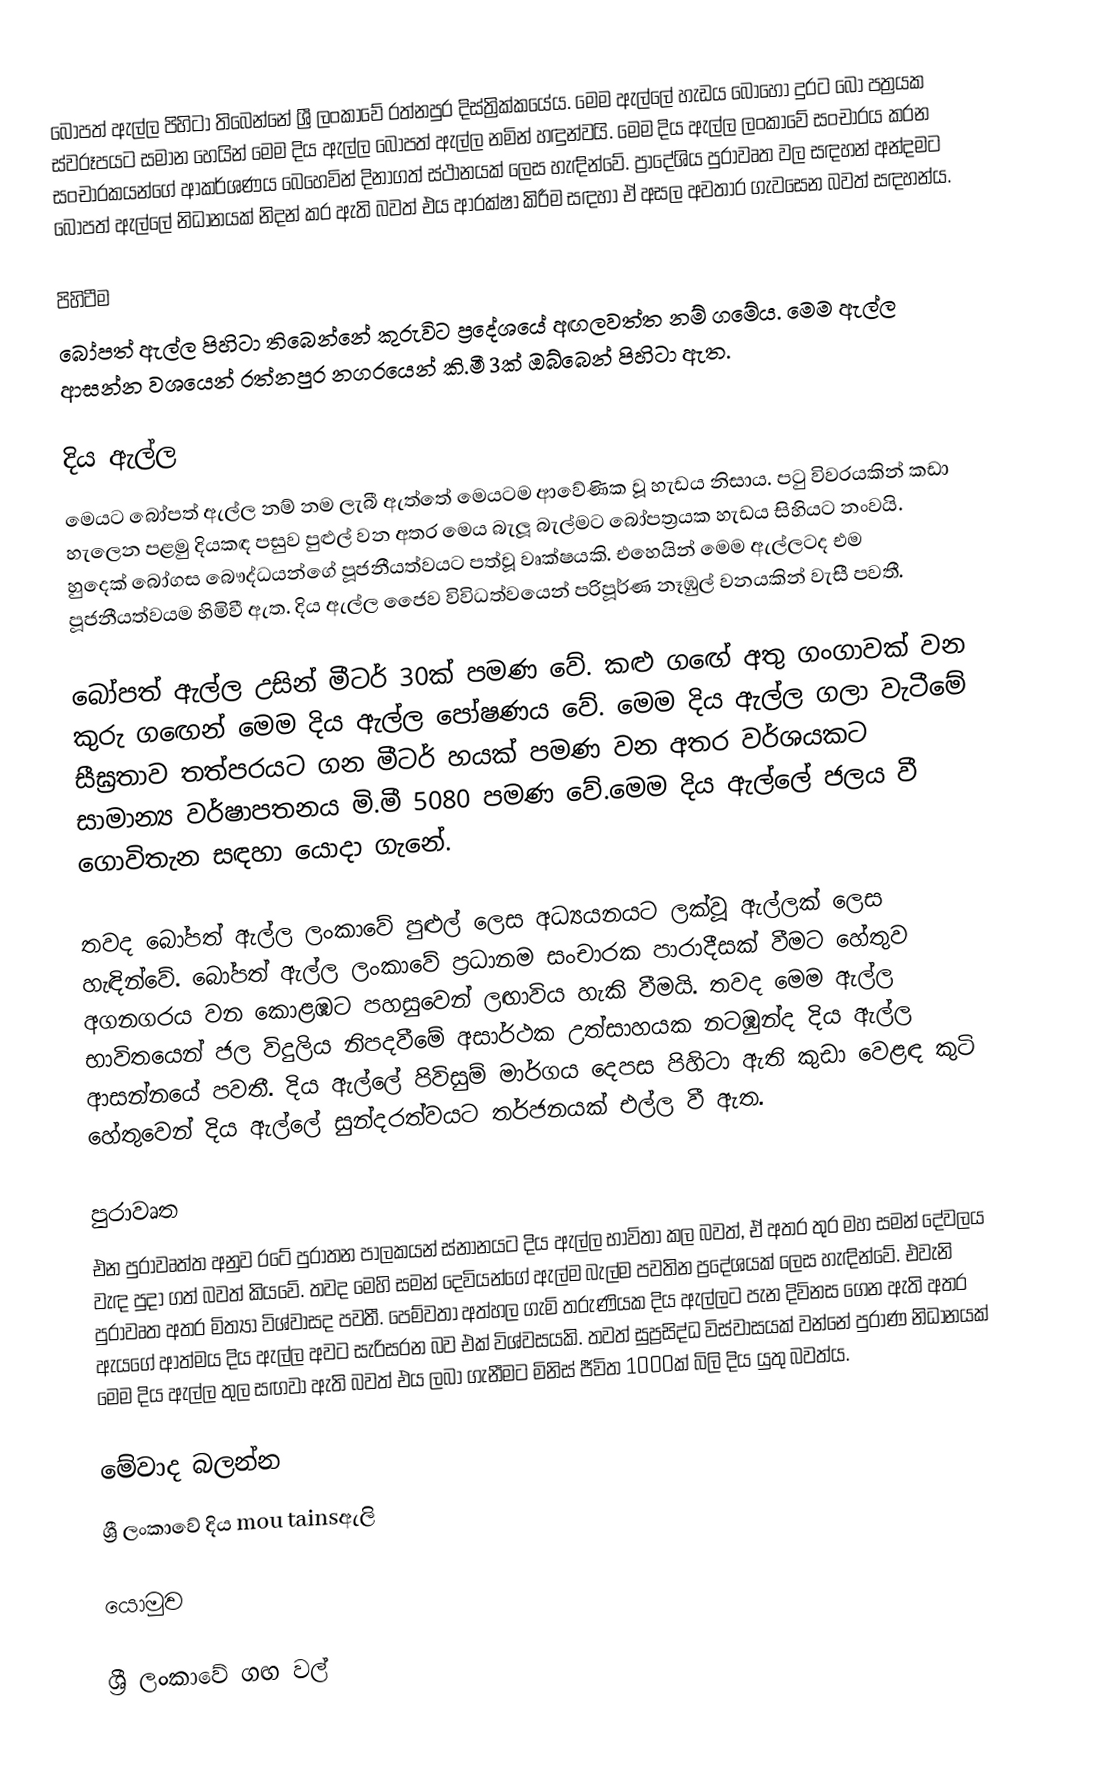
බෝපත් ඇල්ල පිහිටා තිබෙන්නේ ශ්‍රී ලංකාවේ රත්නපුර දිස්ත්‍රික්කයේය. මෙම ඇල්ලේ හැඩය බොහෝ දුරට බෝ පත්‍රයක ස්වරූපයට සමාන හෙයින් මෙම දිය ඇල්ල බෝපත් ඇල්ල නමින් හඳුන්වයි. මෙම දිය ඇල්ල ලංකාවේ සංචාරය කරන සංචාරකයන්ගේ ආකර්ශණය බෙහෙවින් දිනාගත් ස්ථානයක් ලෙස හැඳින්වේ. ප්‍රාදේශිය පුරාවෘත වල සඳහන් අන්දමට බෝපත් ඇල්ලේ නිධානයක් නිදන් කර ඇති බවත් එය ආරක්ෂා කිරීම සඳහා ඒ අසල අවතාර ගැවසෙන බවත් සඳහන්ය.

පිහිටීම
බෝපත් ඇල්ල පිහිටා තිබෙන්නේ කුරුවිට ප්‍රදේශයේ අඟලවත්ත නම් ගමේය. මෙම ඇල්ල ආසන්න වශයෙන් රත්නපුර නගරයෙන් කි.මී 3ක් ඔබ්බෙන් පිහිටා ඇත.

දිය ඇල්ල
මෙයට බෝපත් ඇල්ල නම් නම ලැබී ඇත්තේ මෙයටම ආවේණික වූ හැඩය නිසාය. පටු විවරයකින් කඩා හැලෙන පළමු දියකඳ පසුව පුළුල් වන අතර මෙය බැලූ බැල්මට බෝපත්‍රයක හැඩය සිහියට නංවයි. හුදෙක් බෝගස බෞද්ධයන්ගේ පූජනීයත්වයට පත්වූ වෘක්ෂයකි. එහෙයින් මෙම ඇල්ලටද එම පූජනීයත්වයම හිමිවී ඇත. දිය ඇල්ල ජෛව විවිධත්වයෙන් පරිපූර්ණ නෑඹුල් වනයකින් වැසී පවතී.

බෝපත් ඇල්ල උසින් මීටර් 30ක් පමණ වේ. කළු ගඟේ අතු ගංගාවක් වන කුරු ගඟෙන් මෙම දිය ඇල්ල පෝෂණය වේ. මෙම දිය ඇල්ල ගලා වැටීමේ සීඝ්‍රතාව තත්පරයට ගන මීටර් හයක් පමණ වන අතර වර්ශයකට සාමාන්‍ය වර්ෂාපතනය මි.මී 5080 පමණ වේ.මෙම දිය ඇල්ලේ ජලය වී ගොවිතැන සඳහා යොදා ගැනේ.

තවද බෝපත් ඇල්ල ලංකාවේ පුළුල් ලෙස අධ්‍යයනයට ලක්වූ ඇල්ලක් ලෙස හැඳින්වේ. බෝපත් ඇල්ල ලංකාවේ ප්‍රධානම සංචාරක පාරාදීසක් වීමට හේතුව අගනගරය වන කොළඹට පහසුවෙන් ලඟාවිය හැකි වීමයි. තවද මෙම ඇල්ල භාවිතයෙන් ජල විදුලිය නිපදවීමේ අසාර්ථක උත්සාහයක නටඹුන්ද දිය ඇල්ල ආසන්නයේ පවතී. දිය ඇල්ලේ පිවිසුම් මාර්ගය දෙපස පිහිටා ඇති කුඩා වෙළඳ කුටි හේතුවෙන් දිය ඇල්ලේ සුන්දරත්වයට තර්ජනයක් එල්ල වී ඇත.

පුරාවෘත
එන පුරාවෘත්ත අනුව රටේ පුරාතන පාලකයන් ස්නානයට දිය ඇල්ල භාවිතා කල බවත්, ඒ අතර තුර මහ සමන් දේවලය වැඳ පුදා ගත් බවත් කියවේ. තවද මෙහි සමන් දෙවියන්ගේ ඇල්ම බැල්ම පවතින ප්‍රදේශයක් ලෙස හැඳින්වේ. එවැනි පුරාවෘත අතර මිත්‍යා විශ්වාසද පවතී. පෙම්වතා අත්හල ගැමි තරුණියක දිය ඇල්ලට පැන දිවිනස ගෙන ඇති අතර ඇයගේ ආත්මය දිය ඇල්ල අවට සැරිසරන බව එක් විශ්වසයකි. තවත් සුප්‍රසිද්ධ විස්වාසයක් වන්නේ පුරාණ නිධානයක් මෙම දිය ඇල්ල තුල සඟවා ඇති බවත් එය ලබා ගැනීමට මිනිස් ජීවිත 1000ක් බිලි දිය යුතු බවත්ය.

මේවාද බලන්න
 ශ්‍රී ලංකාවේ දිය mou tainsඇලි

යොමුව

ශ්‍රී ලංකාවේ ගඟ වල්